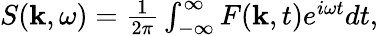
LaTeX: \begin{array}{r}{S(\textbf{k},\omega)=\frac{1}{2\pi}\int_{-\infty}^{\infty}F(\textbf{k},t)e^{i\omega t}dt,}\end{array}